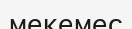
мекемес